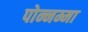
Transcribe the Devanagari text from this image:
पोन्नम्मा